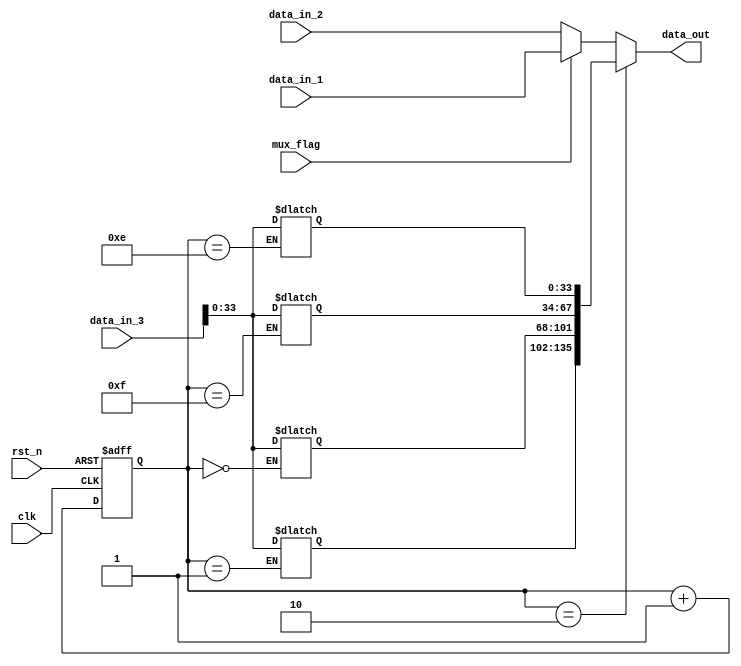
// This program was cloned from: https://github.com/VenciFreeman/FFT_ChipDesign
// License: Mozilla Public License 2.0

//**********************************************************
// School: Shanghai Jiao Tong University
//
// File Name: mux
//
// Type: Sequential
//
// Purpose: 
//
// Details: 
//
// Release History:
// - Version 1.0 20/04/14: Create
// - Version 1.1 20/04/30: Fix error by @luotian12345.
//
// Notes:
//
//**********************************************************

module mux(

  input wire        mux_flag,
  input wire        clk,
  input wire        rst_n,
  input wire[135:0] data_in_1,
  input wire[135:0] data_in_2,
  input wire[135:0] data_in_3,
  output reg[135:0] data_out

  );
  reg [3:0] counter;
  reg [33:0] R1;
  reg [33:0] R2;
  reg [33:0] R3;
  reg [33:0] R4;

// This always part controls signal data_out. 
  always @ ( mux_flag or data_in_1 or data_in_2) begin
    if(counter == 2)
      data_out <= {R4,R3,R2,R1};
    else if ( mux_flag )
      data_out <= data_in_1;
    else
      data_out <= data_in_2;
  end

// This always part controls signal counter. 
  always @(posedge clk or negedge rst_n)begin
    if(!rst_n)
    counter <= 0;
   else  
    counter <= counter + 1;
  end

  // This always part controls signal R1. 
  always @ ( mux_flag or data_in_1 or data_in_2) 
    if(counter == 14)
      R1 <= data_in_3[33:0];
    else
      R1 <= R1;

  // This always part controls signal R2. 
  always @ ( mux_flag or data_in_1 or data_in_2) 
    if(counter == 15)
      R2 <= data_in_3[33:0];
    else
      R2 <= R2;

  // This always part controls signal R3. 
  always @ ( mux_flag or data_in_1 or data_in_2) 
    if(counter == 0)
      R3 <= data_in_3[33:0];
    else
      R3 <= R3;

  // This always part controls signal R4. 
  always @ ( mux_flag or data_in_1 or data_in_2) 
    if(counter == 1)
      R4 <= data_in_3[33:0];
    else
      R4 <= R4;

endmodule